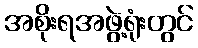
အစိုးရအဖွဲ့ရုံးတွင်